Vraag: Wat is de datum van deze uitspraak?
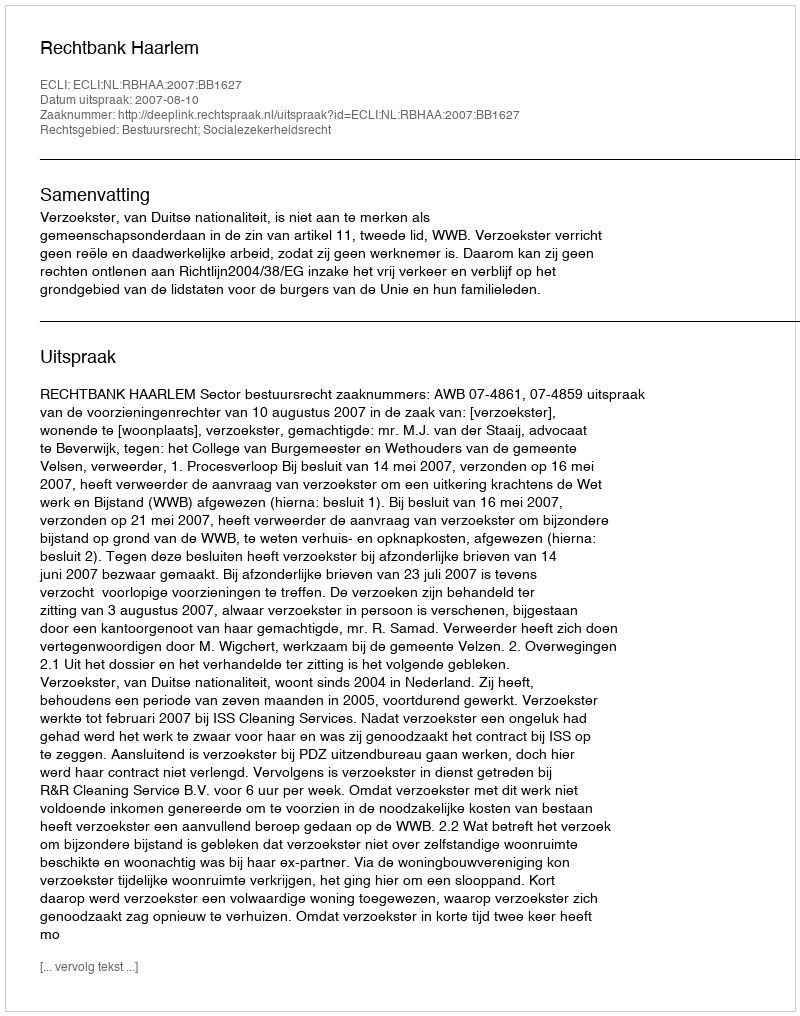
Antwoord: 2007-08-10